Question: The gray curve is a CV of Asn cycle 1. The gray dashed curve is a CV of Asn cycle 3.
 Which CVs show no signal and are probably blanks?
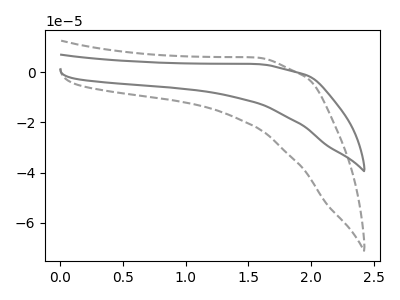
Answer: <think>The gray curve "Asn cycle 1" has no peaks. The gray dashed curve "Asn cycle 3" has no peaks.</think>
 <answer>"Asn cycle 1" and "Asn cycle 3" are likely to be blanks.</answer>
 <eval>"Asn cycle 1", "Asn cycle 3"</eval>